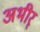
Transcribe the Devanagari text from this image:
अभीर्